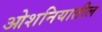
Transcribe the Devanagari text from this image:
ओशनियातील